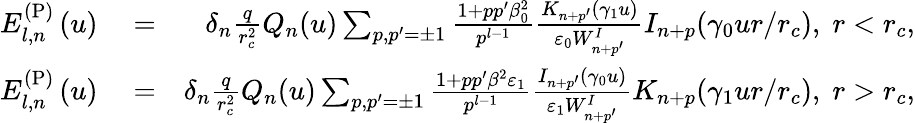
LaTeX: \begin{array}{rlr}{E_{l,n}^{\mathrm{(P)}}\left(u\right)}&{{}=}&{\delta_{n}\frac{q}{r_{c}^{2}}Q_{n}(u)\sum_{p,p^{\prime}=\pm 1}\frac{1+pp^{\prime}\beta_{0}^{2}}{p^{l-1}}\frac{K_{n+p^{\prime}}(\gamma_{1}u)}{\varepsilon_{0}W_{n+p^{\prime}}^{I}}I_{n+p}(\gamma_{0}ur/r_{c}),\; r<r_{c},}\\ {E_{l,n}^{\mathrm{(P)}}\left(u\right)}&{{}=}&{\delta_{n}\frac{q}{r_{c}^{2}}Q_{n}(u)\sum_{p,p^{\prime}=\pm 1}\frac{1+pp^{\prime}\beta^{2}\varepsilon_{1}}{p^{l-1}}\frac{I_{n+p^{\prime}}(\gamma_{0}u)}{\varepsilon_{1}W_{n+p^{\prime}}^{I}}K_{n+p}(\gamma_{1}ur/r_{c}),\; r>r_{c},}\end{array}